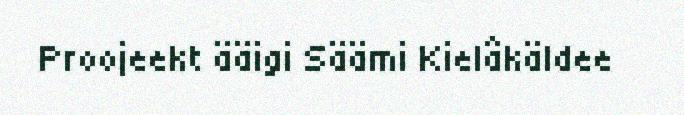
Proojeekt ääigi Säämi Kielâkäldee